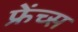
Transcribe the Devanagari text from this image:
फ्रेंच्स